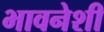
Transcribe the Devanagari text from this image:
भावनेशी